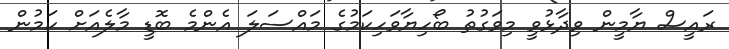
ރައީސް ޔާމީން ވިދާޅުވީ މިވަގުތު ބޯހިޔާވަހިކަމުގެ މައްސަލަ އެންމެ ބޮޑީ މާލެއަށް ކަމުން